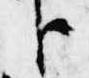
臣